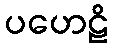
ပဟေဠိ